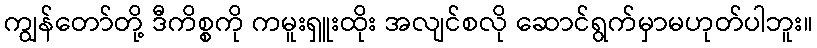
ကျွန်တော်တို့ ဒီကိစ္စကို ကမူးရှူးထိုး အလျင်စလို ဆောင်ရွက်မှာမဟုတ်ပါဘူး။